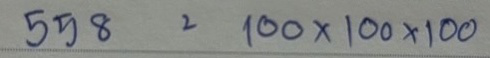
558 = 100 x 100 x 100